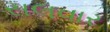
સલવાર